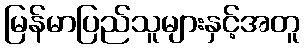
မြန်မာပြည်သူများနှင့်အတူ